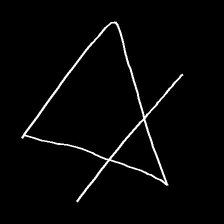
Glyph: empower